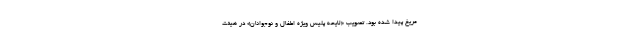
مریخ پیدا شده بود. تصویب «لایحه پلیس ویژه اطفال و نوجوانان» در هیئت